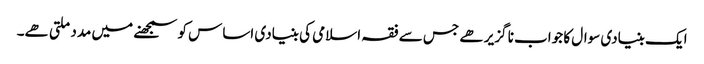
ایک بنیادی سوال کا جواب نا گزیر ھے جس سے فقہ اسلامی کی بنیادی اساس کو سمجھنے میں مدد ملتی ھے۔